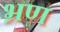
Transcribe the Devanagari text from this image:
भ्रण